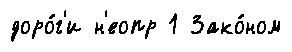
доро́г'и н'еопр 1 Зако́ном